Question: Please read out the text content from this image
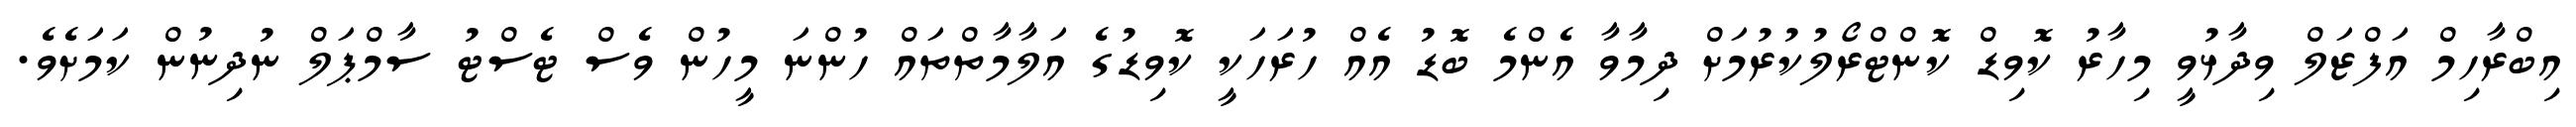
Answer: އިބްރާހިމް އަފްޒަލް ވިދާޅުވީ މިހާރު ކޮވިޑް ކޮންޓްރޯލުކުރުމަށް ދިމާވާ އެންމެ ބޮޑު އެއް ހުރަހަކީ ކޮވިޑުގެ އަލާމާތްތައް ހުންނަ މީހުން ވެސް ޓެސްޓު ސާމްޕަލް ނުދިނުން ކަމަށެވެ.